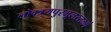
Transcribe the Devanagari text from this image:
लोक्त्रयपुरमूलस्तम्भं